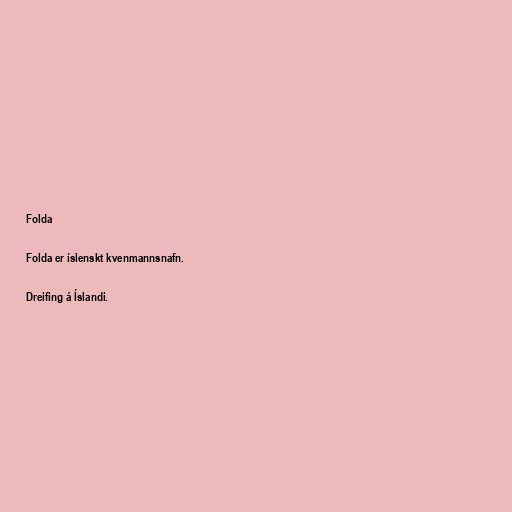
Folda

Folda er íslenskt kvenmannsnafn.

Dreifing á Íslandi.